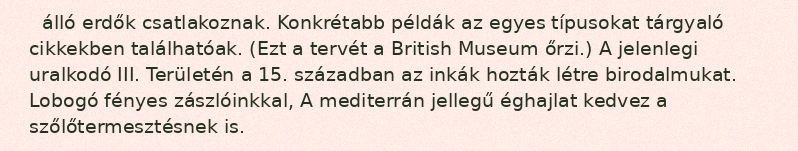
álló erdők csatlakoznak. Konkrétabb példák az egyes típusokat tárgyaló cikkekben találhatóak. (Ezt a tervét a British Museum őrzi.) A jelenlegi uralkodó III. Területén a 15. században az inkák hozták létre birodalmukat. Lobogó fényes zászlóinkkal, A mediterrán jellegű éghajlat kedvez a szőlőtermesztésnek is.